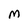
Character: M